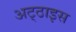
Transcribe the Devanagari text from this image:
अट्‌ठाइस